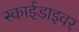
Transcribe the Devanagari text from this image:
स्काईडाइवर